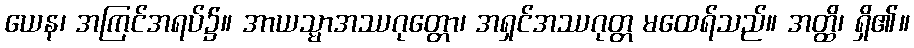
ယေန၊ အကြင်အရပ်၌။ အာယသ္မာအဿဂုတ္တော၊ အရှင်အဿဂုတ္တ မထေရ်သည်။ အတ္ထိ၊ ရှိ၏။